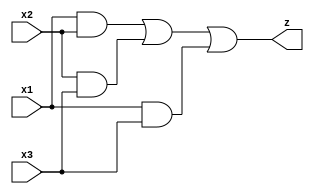
module circuit08(x1, x2, x3, z);
input x1, x2, x3;
output z;

assign z = ( (x1&x2) | (x2&x3) | (x1&x3) );

endmodule